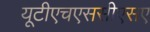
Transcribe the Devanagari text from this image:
यूटीएचएससीएसए